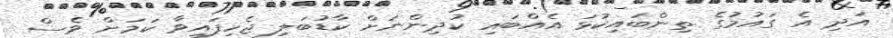
އަދި އެ ގައުމުގެ ތިންބައިކުޅަ އެއްބައި ކުދިންނަށް ކާޑުބަލި ޖެހިފައިވާ ކަމަށް ވެސް